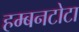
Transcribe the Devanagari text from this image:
हम्बनटोटा